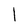
Character: l